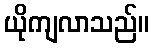
ယိုကျလာသည်။